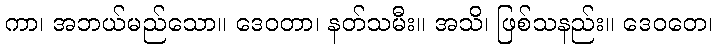
ကာ၊ အဘယ်မည်သော။ ဒေဝတာ၊ နတ်သမီး။ အသိ၊ ဖြစ်သနည်း။ ဒေဝတေ၊